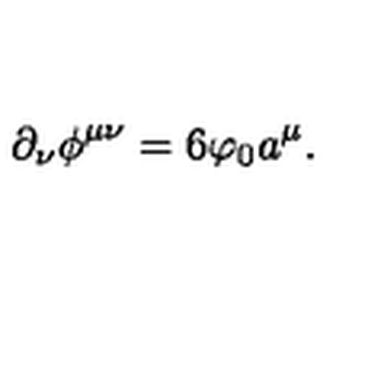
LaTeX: \partial _ { \nu } \phi ^ { \mu \nu } = 6 \varphi _ { 0 } a ^ { \mu } .